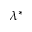
\lambda ^ { * }